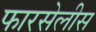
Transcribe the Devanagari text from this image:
फारसेलीस